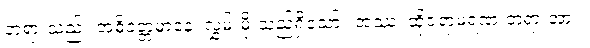
တရားသည်။ အဓိဝတ္တမာနေ၊ လွှမ်းမိုးသည်ရှိသော်။ အဿ၊ ထိုဇရာမရဏ တရားအား။